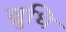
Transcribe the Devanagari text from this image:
व्रुधि